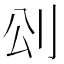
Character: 𠛀